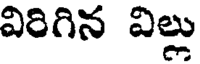
విరిగిన విల్లు